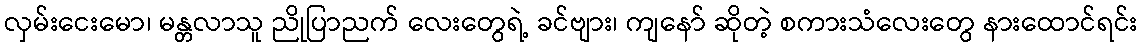
လှမ်းငေးမော၊ မန္တလာသူ ညိုပြာညက် လေးတွေရဲ့ ခင်ဗျား၊ ကျနော် ဆိုတဲ့ စကားသံလေးတွေ နားထောင်ရင်း